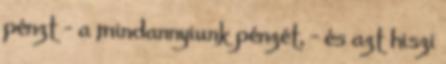
pénzt – a mindannyiunk pénzét, – és azt hiszi